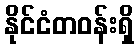
နိုင်ငံတဝန်းရှိ